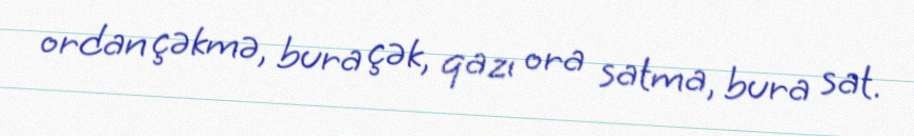
ordan çəkmə, bura çək, qazı ora satma, bura sat.